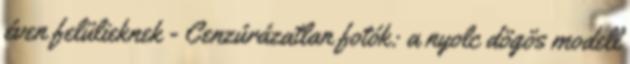
éven felülieknek - Cenzúrázatlan fotók: a nyolc dögös modell